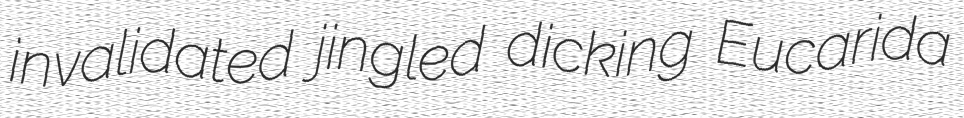
invalidated jingled dicking Eucarida